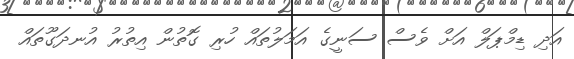
އަދި ޑިމްޕަލް އަށް ވެސް ސަނީގެ އަމަލުތައް ހުރި ގޮތުން އިތުރު އުނދަގޫތައް